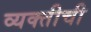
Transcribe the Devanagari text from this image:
व्‍यक्‍तीची